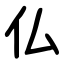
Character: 仏